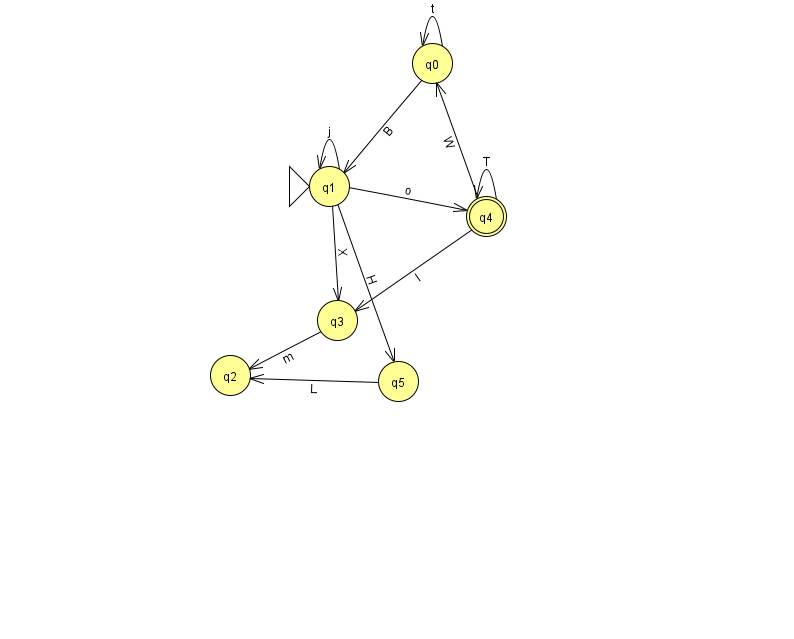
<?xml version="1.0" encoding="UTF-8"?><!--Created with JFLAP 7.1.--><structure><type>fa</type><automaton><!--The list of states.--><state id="0" name="q0"><x>432.0</x><y>50.0</y></state><state id="1" name="q1"><x>329.0</x><y>173.0</y><initial/></state><state id="2" name="q2"><x>230.0</x><y>362.0</y></state><state id="3" name="q3"><x>337.0</x><y>307.0</y></state><state id="4" name="q4"><x>486.0</x><y>203.0</y><final/></state><state id="5" name="q5"><x>398.0</x><y>368.0</y></state><!--The list of transitions.--><transition><from>4</from><to>3</to><read>I</read></transition><transition><from>0</from><to>0</to><read>t</read></transition><transition><from>4</from><to>4</to><read>T</read></transition><transition><from>1</from><to>3</to><read>X</read></transition><transition><from>5</from><to>2</to><read>L</read></transition><transition><from>1</from><to>4</to><read>o</read></transition><transition><from>3</from><to>2</to><read>m</read></transition><transition><from>1</from><to>1</to><read>j</read></transition><transition><from>1</from><to>5</to><read>H</read></transition><transition><from>0</from><to>1</to><read>B</read></transition><transition><from>4</from><to>0</to><read>W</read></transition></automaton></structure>